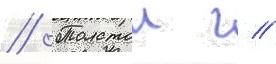
// Толстои г //